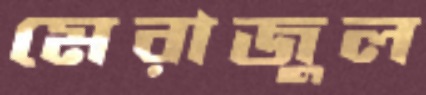
মেরাজুল